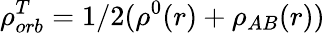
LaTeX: \rho_{orb}^{T}=1/2(\rho^{0}(r)+\rho_{AB}(r))